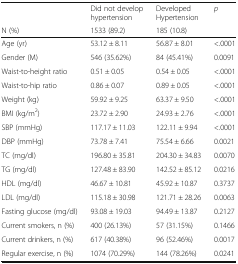
<table><thead><tr><td></td><td><b>Did not develop hypertension</b></td><td><b>Developed Hypertension</b></td><td><b><i>p</i></b></td></tr><tr><td><b>N (%)</b></td><td><b>1533 (89.2)</b></td><td><b>185 (10.8)</b></td><td></td></tr></thead><tbody><tr><td>Age (yr)</td><td>53.12 ± 8.11</td><td>56.87 ± 8.01</td><td>&lt;.0001</td></tr><tr><td>Gender (M)</td><td>546 (35.62%)</td><td>84 (45.41%)</td><td>0.0091</td></tr><tr><td>Waist-to-height ratio</td><td>0.51 ± 0.05</td><td>0.54 ± 0.05</td><td>&lt;.0001</td></tr><tr><td>Waist-to-hip ratio</td><td>0.86 ± 0.07</td><td>0.89 ± 0.05</td><td>&lt;.0001</td></tr><tr><td>Weight (kg)</td><td>59.92 ± 9.25</td><td>63.37 ± 9.50</td><td>&lt;.0001</td></tr><tr><td>BMI (kg/m<sup>2</sup>)</td><td>23.72 ± 2.90</td><td>24.93 ± 2.76</td><td>&lt;.0001</td></tr><tr><td>SBP (mmHg)</td><td>117.17 ± 11.03</td><td>122.11 ± 9.94</td><td>&lt;.0001</td></tr><tr><td>DBP (mmHg)</td><td>73.78 ± 7.41</td><td>75.54 ± 6.66</td><td>0.0021</td></tr><tr><td>TC (mg/dl)</td><td>196.80 ± 35.81</td><td>204.30 ± 34.83</td><td>0.0070</td></tr><tr><td>TG (mg/dl)</td><td>127.48 ± 83.90</td><td>142.52 ± 85.12</td><td>0.0216</td></tr><tr><td>HDL (mg/dl)</td><td>46.67 ± 10.81</td><td>45.92 ± 10.87</td><td>0.3737</td></tr><tr><td>LDL (mg/dl)</td><td>115.18 ± 30.98</td><td>121.71 ± 28.26</td><td>0.0063</td></tr><tr><td>Fasting glucose (mg/dl)</td><td>93.08 ± 19.03</td><td>94.49 ± 13.87</td><td>0.2127</td></tr><tr><td>Current smokers, n (%)</td><td>400 (26.13%)</td><td>57 (31.15%)</td><td>0.1466</td></tr><tr><td>Current drinkers, n (%)</td><td>617 (40.38%)</td><td>96 (52.46%)</td><td>0.0017</td></tr><tr><td>Regular exercise, n (%)</td><td>1074 (70.29%)</td><td>144 (78.26%)</td><td>0.0241</td></tr></tbody></table>